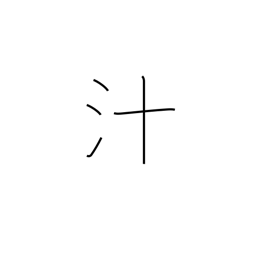
Meaning: pus